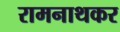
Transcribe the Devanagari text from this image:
रामनाथकर